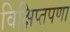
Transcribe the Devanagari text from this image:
विक्षिप्तपणा